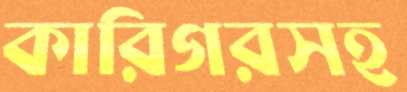
কারিগরসহ